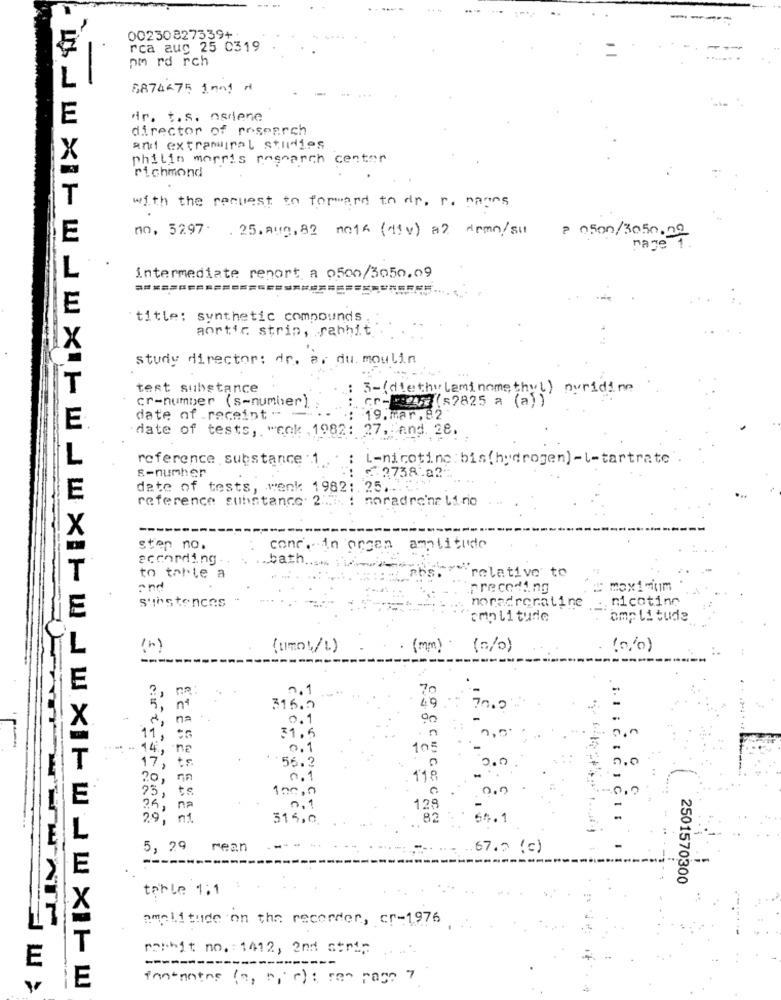
00230827339+
rca aug 25 0319
pm rd rch
6874-75 1mm1 A
E
wir. t.s. osdene
director of research
and extramural studies
X
philip morris resoarch center
richmond
T
with the request to forward to dr. r. napos
no, 5297 . 25.Aug.82 noth (div) a2 demo/su
E
? 0500/3050.29
rage
L
intermediate report a 0500/3050.09
E
title: synthetic compounds
aortic strip, rahhit
study director: dr. ar du. moulin
T
test substance
3-( diethy laminomethyl) nuridin
cr-number (s-number).
cr -= (s2825 a (a))
date of . receint --
19.mar,82
E
date of tests, "cok . 1982: 27, and 28.
L
reference substance : 1 .
L-nicotine : bis ( hydrogen) - l-tartrate
s-number
2738-02
date of tests, wenk: 1982 :. 25.
E
reference substance: 2
noradre'ne linie
X
step no.
conr. in organ
amplitude
according .
bath
"relative to
to tarle a
and
preceding
: max1 mium
substances
:. nicotine
E
noradrenaline
amplitude
omp li tude
(umow/1)
( mm )
(0/0)
2.
70
" , no
316.0
49 .-
7000
0.1
31.6
n
- 14, ne
carta
0.1
105
56.2
17, to.
3.0
20, 7
0.1
118
100,0
73, ts
25 , na
0 . 1
128
29, n1
315,0
82
67.1
5, 29 rean
67.0 (c)
--
2501570300
tahle 1;1
amplitude on the recorder, cr-1976
T
noshit no. 1412, 2nd strip
E
-------
fontnotre (a, b, c) ; see page 7
E